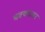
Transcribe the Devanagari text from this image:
भक्क्तजन